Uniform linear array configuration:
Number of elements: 24
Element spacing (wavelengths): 0.75
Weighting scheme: binomial
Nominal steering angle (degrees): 60
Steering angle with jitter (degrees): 59.828
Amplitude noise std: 0.05
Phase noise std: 0.05

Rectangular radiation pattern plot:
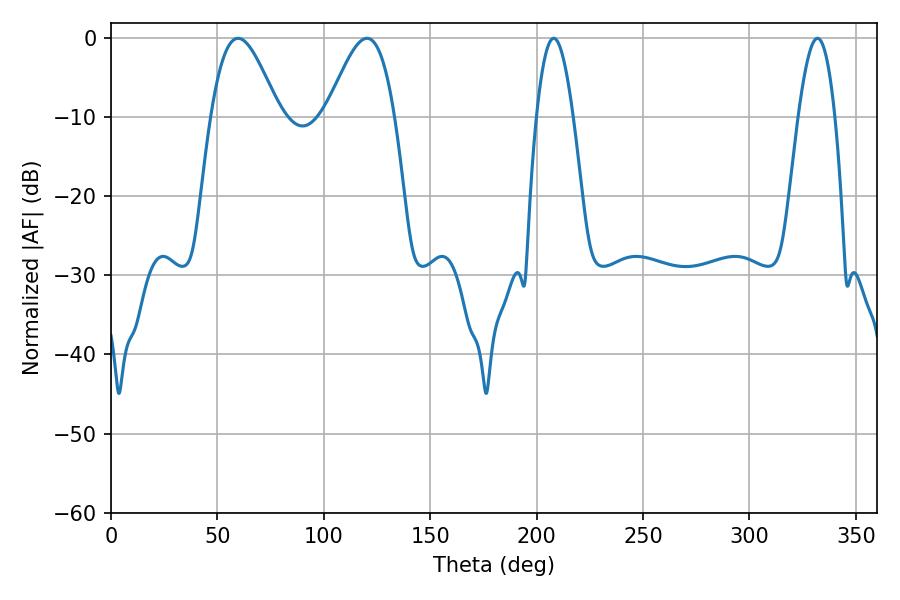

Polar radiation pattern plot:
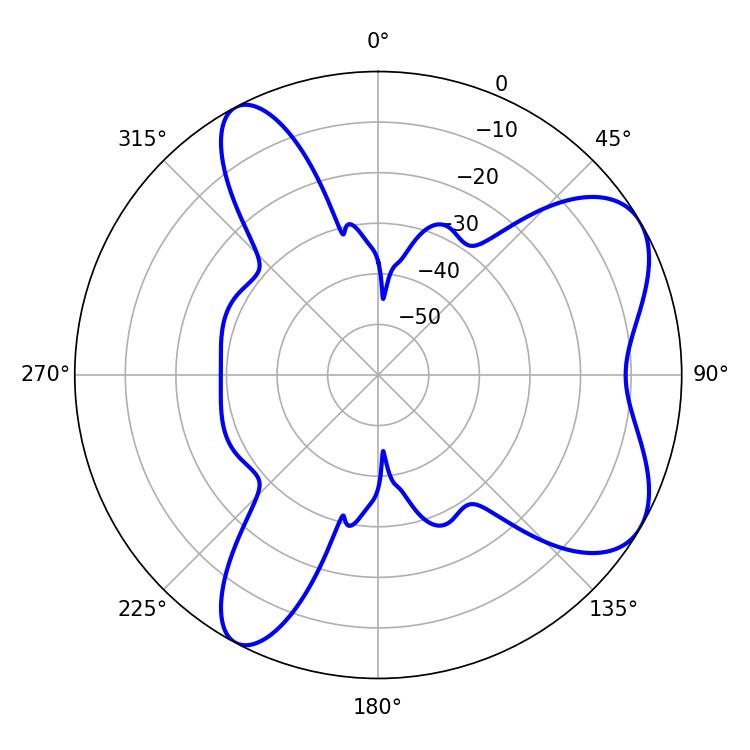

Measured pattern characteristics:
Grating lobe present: TRUE
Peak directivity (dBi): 6.699
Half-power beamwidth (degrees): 17.1
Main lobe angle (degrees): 59.76